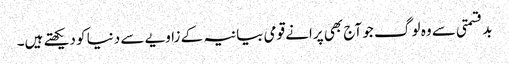
بدقسمتی سے وہ لو گ جو آج بھی پرانے قومی بیانیہ کے زاویے سے دنیا کو دیکھتے ہیں۔